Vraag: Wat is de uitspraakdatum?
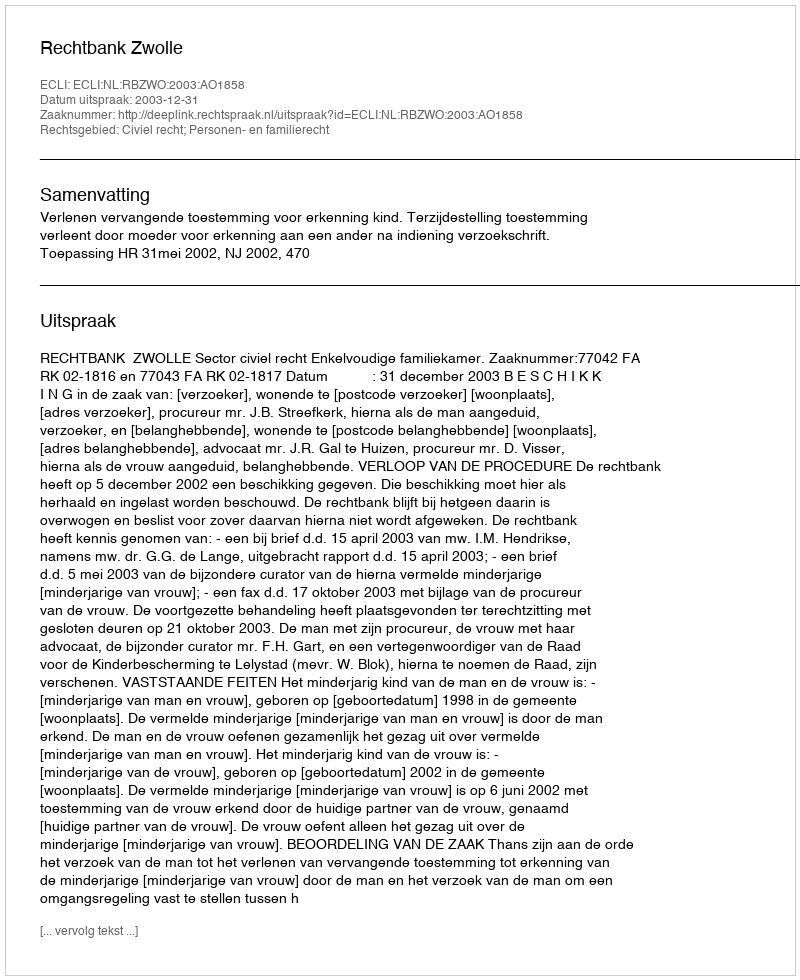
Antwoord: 2003-12-31